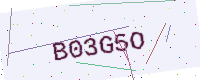
Text: B03G5O